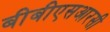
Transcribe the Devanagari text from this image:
बीबीएसआरसी